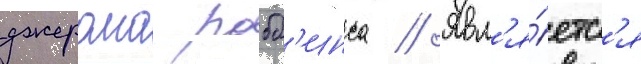
джерома робб'инса // Явл'я́етс'я